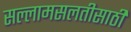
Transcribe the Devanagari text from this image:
सल्लामसलतीसाठी